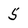
Character: 5